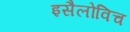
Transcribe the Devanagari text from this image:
इसैलोविच